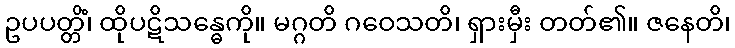
ဥပပတ္တိံ၊ ထိုပဋိသန္ဓေကို။ မဂ္ဂတိ ဂဝေသတိ၊ ရှားမှီး တတ်၏။ ဇနေတိ၊